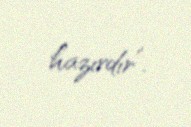
hazırdır”.